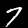
Digit: 7